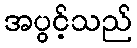
အပွင့်သည်